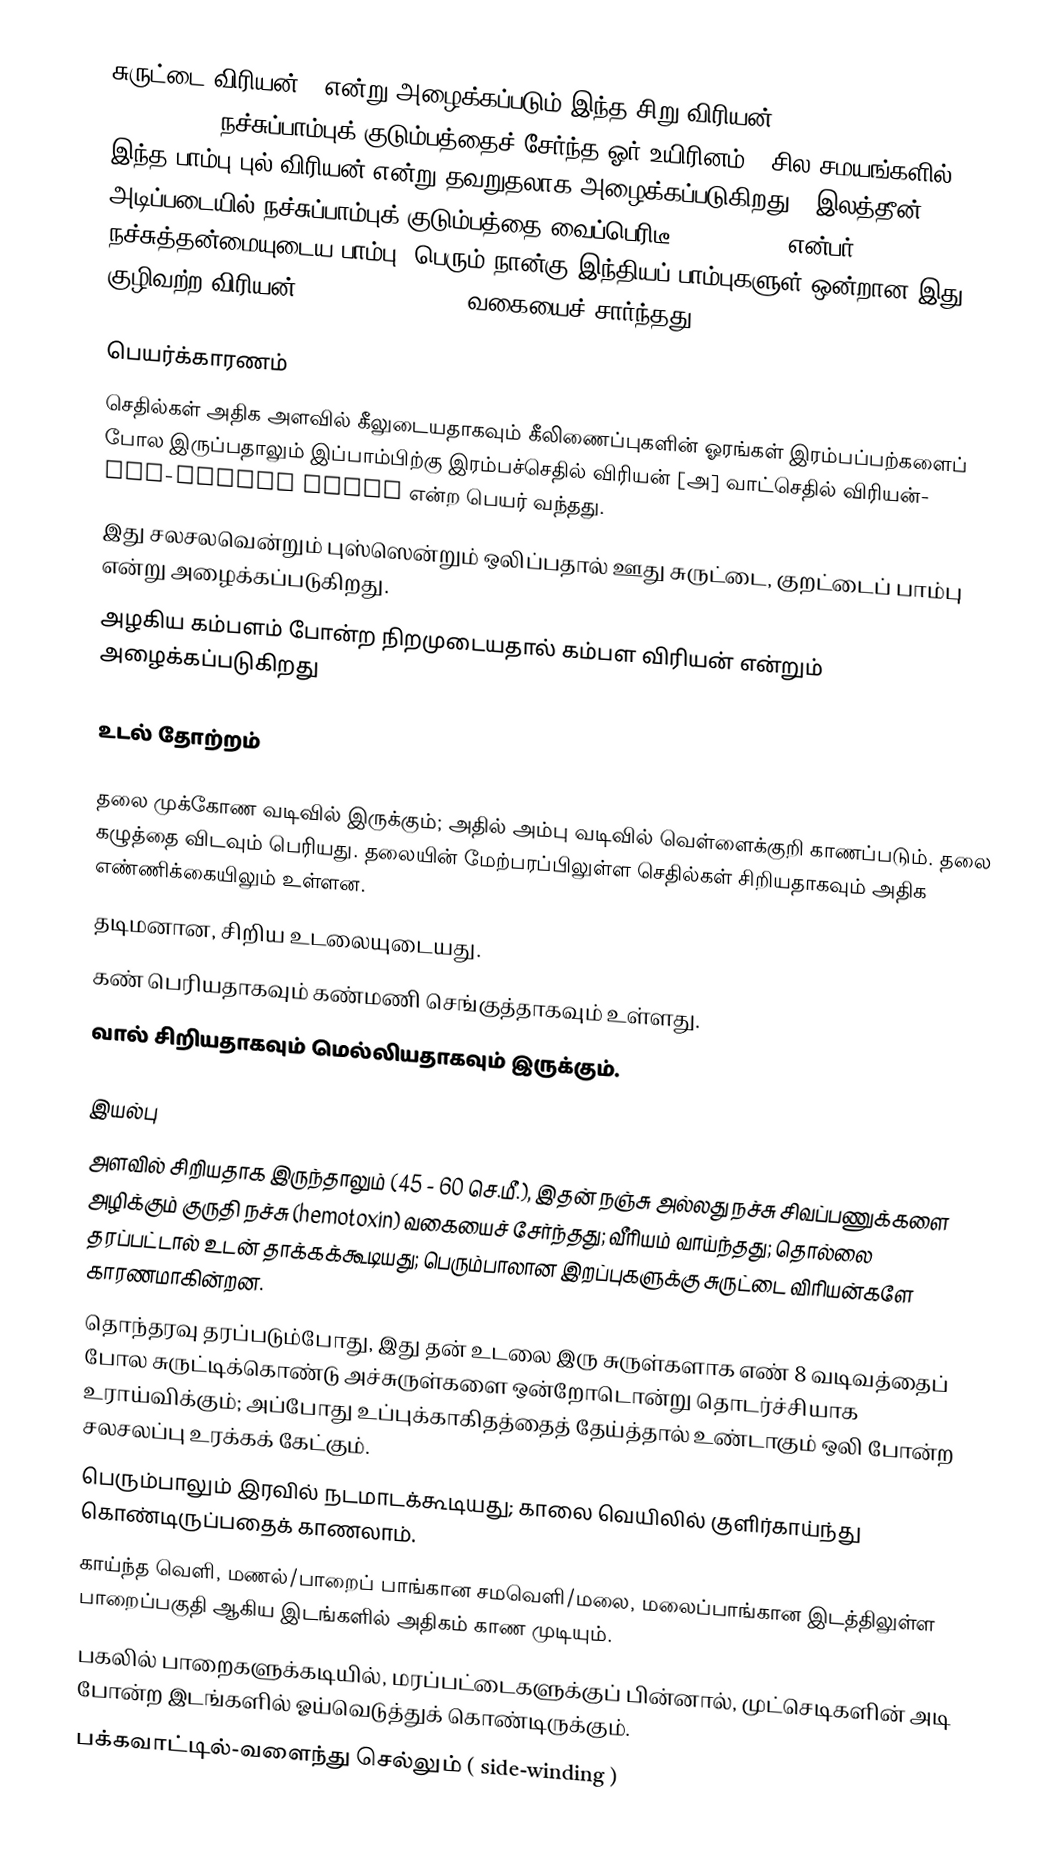
சுருட்டை விரியன் , என்று அழைக்கப்படும் இந்த சிறு விரியன் [Saw-scaled viper (Echis carinatus)] நச்சுப்பாம்புக் குடும்பத்தைச் சேர்ந்த ஓர் உயிரினம். (சில சமயங்களில் இந்த பாம்பு புல் விரியன் என்று தவறுதலாக அழைக்கப்படுகிறது.) இலத்தீன் அடிப்படையில் நச்சுப்பாம்புக் குடும்பத்தை வைப்பெரிடீ (viperidae) என்பர் நச்சுத்தன்மையுடைய பாம்பு. பெரும் நான்கு இந்தியப் பாம்புகளுள் ஒன்றான இது குழிவற்ற விரியன் ( pitless viper ) வகையைச் சார்ந்தது.

பெயர்க்காரணம்
 செதில்கள் அதிக அளவில் கீலுடையதாகவும் கீலிணைப்புகளின் ஓரங்கள் இரம்பப்பற்களைப் போல இருப்பதாலும் இப்பாம்பிற்கு இரம்பச்செதில் விரியன்  [அ] வாட்செதில் விரியன்- Saw-scaled viper என்ற பெயர் வந்தது.
 இது சலசலவென்றும் புஸ்ஸென்றும் ஒலிப்பதால் ஊது சுருட்டை, குறட்டைப் பாம்பு என்று அழைக்கப்படுகிறது.
 அழகிய கம்பளம் போன்ற நிறமுடையதால் கம்பள விரியன் என்றும் அழைக்கப்படுகிறது

உடல் தோற்றம்

 தலை முக்கோண வடிவில் இருக்கும்; அதில் அம்பு வடிவில் வெள்ளைக்குறி காணப்படும். தலை கழுத்தை விடவும் பெரியது. தலையின் மேற்பரப்பிலுள்ள செதில்கள் சிறியதாகவும் அதிக எண்ணிக்கையிலும் உள்ளன.
 தடிமனான, சிறிய உடலையுடையது.
 கண் பெரியதாகவும் கண்மணி செங்குத்தாகவும் உள்ளது.
 வால் சிறியதாகவும் மெல்லியதாகவும் இருக்கும்.

இயல்பு
 அளவில் சிறியதாக இருந்தாலும் (45 - 60 செ.மீ.), இதன் நஞ்சு அல்லது நச்சு சிவப்பணுக்களை அழிக்கும் குருதி நச்சு (hemotoxin) வகையைச் சேர்ந்தது; வீரியம் வாய்ந்தது; தொல்லை தரப்பட்டால் உடன் தாக்கக்கூடியது; பெரும்பாலான இறப்புகளுக்கு சுருட்டை விரியன்களே காரணமாகின்றன.
 தொந்தரவு தரப்படும்போது, இது தன் உடலை இரு சுருள்களாக எண் 8 வடிவத்தைப் போல சுருட்டிக்கொண்டு அச்சுருள்களை ஒன்றோடொன்று தொடர்ச்சியாக உராய்விக்கும்; அப்போது உப்புக்காகிதத்தைத் தேய்த்தால் உண்டாகும் ஒலி போன்ற சலசலப்பு உரக்கக் கேட்கும்.
 பெரும்பாலும் இரவில் நடமாடக்கூடியது; காலை வெயிலில் குளிர்காய்ந்து கொண்டிருப்பதைக் காணலாம்.
 காய்ந்த வெளி, மணல்/பாறைப் பாங்கான சமவெளி/மலை, மலைப்பாங்கான இடத்திலுள்ள பாறைப்பகுதி ஆகிய இடங்களில் அதிகம் காண முடியும்.
 பகலில் பாறைகளுக்கடியில், மரப்பட்டைகளுக்குப் பின்னால், முட்செடிகளின் அடி போன்ற இடங்களில் ஓய்வெடுத்துக் கொண்டிருக்கும்.
 பக்கவாட்டில்-வளைந்து செல்லும் ( side-winding )